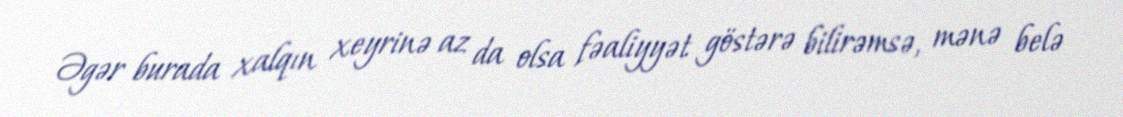
Əgər burada xalqın xeyrinə az da olsa fəaliyyət göstərə bilirəmsə, mənə belə